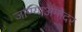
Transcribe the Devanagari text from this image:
जाण्याअगोदर